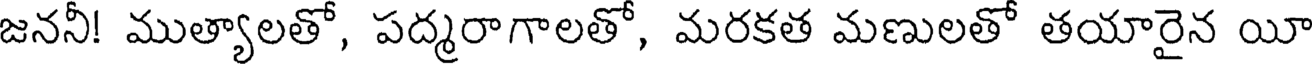
జననీ! ముత్యాలతో, పద్మరాగాలతో, మరకత మణులతో తయారైన యీ